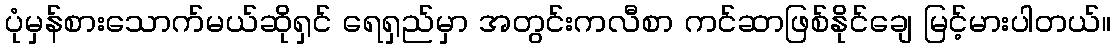
ပုံမှန်စားသောက်မယ်ဆိုရှင် ရေရှည်မှာ အတွင်းကလီစာ ကင်ဆာဖြစ်နိုင်ချေ မြင့်မားပါတယ်။